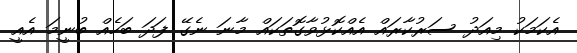
އެކަމަކު މިއަދު ސަރުކާރައް އެއްކޮޅުވާގޮތަކައް މާނަ ނެގޭ ފަދަ ބަހެއް ބުނީމަ އެއީ